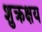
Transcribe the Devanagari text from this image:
शुक्रक्षय